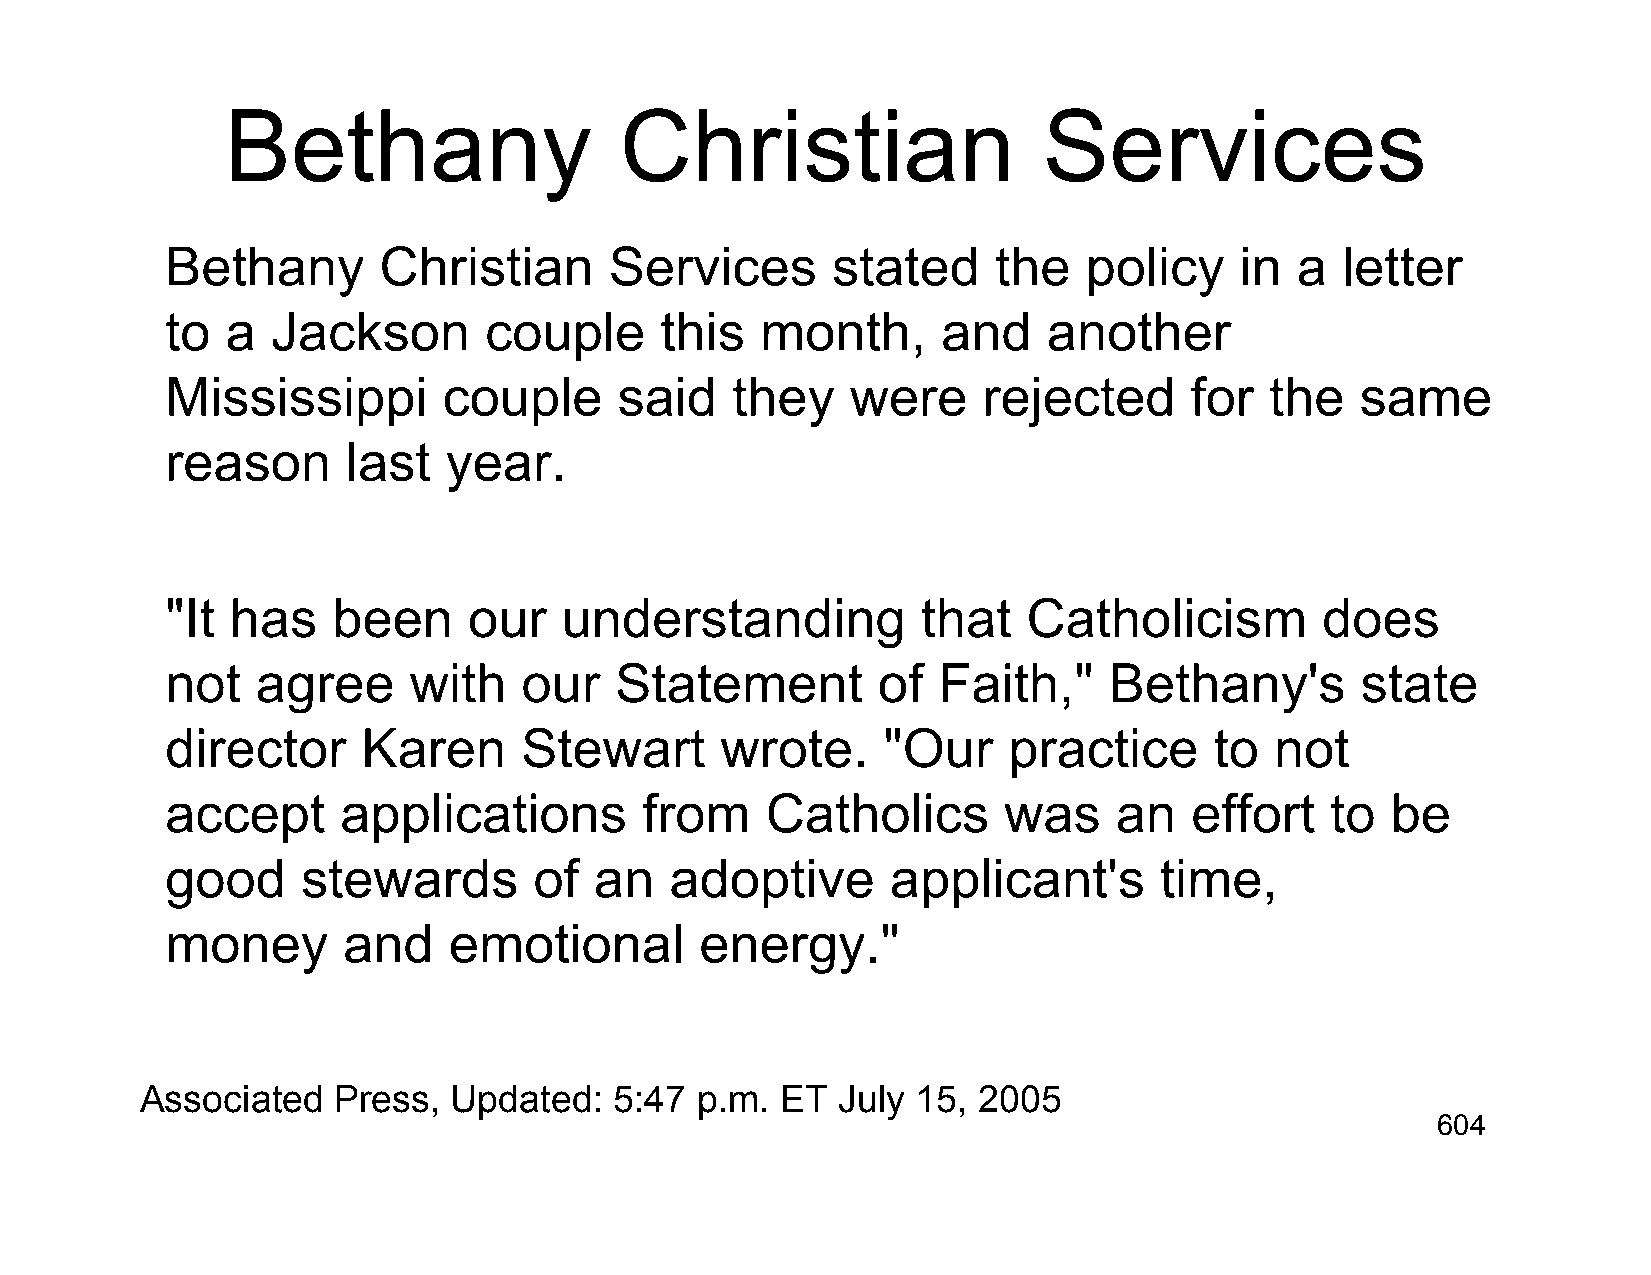
Bethany                   Christian                   Services
 Bethany       Christian      Services       stated     the   policy    in  a  letter
 to  a  Jackson       couple      this  month,      and    another
 Mississippi       couple      said   they    were     rejected      for  the   same
 reason      last  year.
 "It has    been     our   understanding           that   Catholicism        does
 not   agree     with    our   Statement        of  Faith,"    Bethany's        state
 director     Karen     Stewart       wrote.    "Our     practice     to  not
 accept      applications       from     Catholics      was     an   effort   to  be
 good     stewards       of  an   adoptive       applicant's       time,
 money       and    emotional       energy."
 Associated   Press,  Updated:   5:47 p.m.  ET July  15, 2005
 604